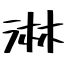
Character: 淋